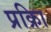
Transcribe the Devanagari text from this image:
प्रक्रिा